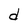
Character: d